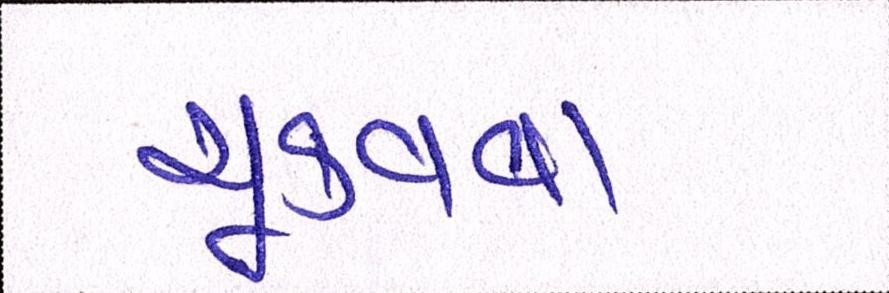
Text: ચૂકવવા